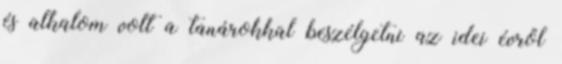
és alkalom volt a tanárokkal beszélgetni az idei évről